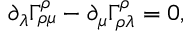
\partial _ { \lambda } \Gamma _ { \rho \mu } ^ { \rho } - \partial _ { \mu } \Gamma _ { \rho \lambda } ^ { \rho } = 0 ,